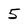
Character: 5